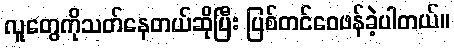
လူတွေကိုသတ်နေတယ်ဆိုပြီး ပြစ်တင်ဝေဖန်ခဲ့ပါတယ်။